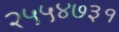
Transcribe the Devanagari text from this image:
२५५४७३१